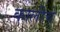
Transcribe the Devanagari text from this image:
कालीचे